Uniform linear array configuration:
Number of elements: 8
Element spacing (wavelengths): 1
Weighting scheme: blackman
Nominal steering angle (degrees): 0
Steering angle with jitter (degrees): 0.2185
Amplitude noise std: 0.05
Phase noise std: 0.05

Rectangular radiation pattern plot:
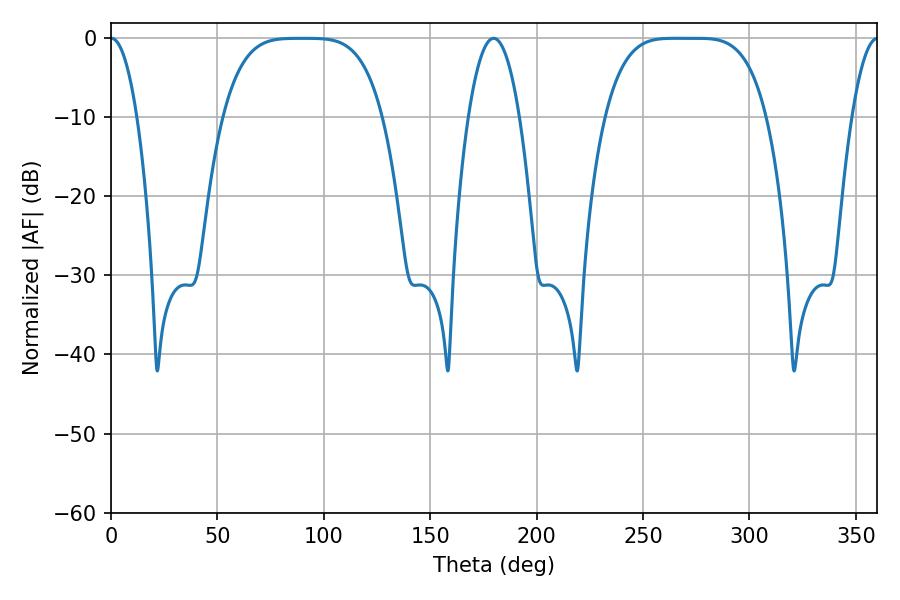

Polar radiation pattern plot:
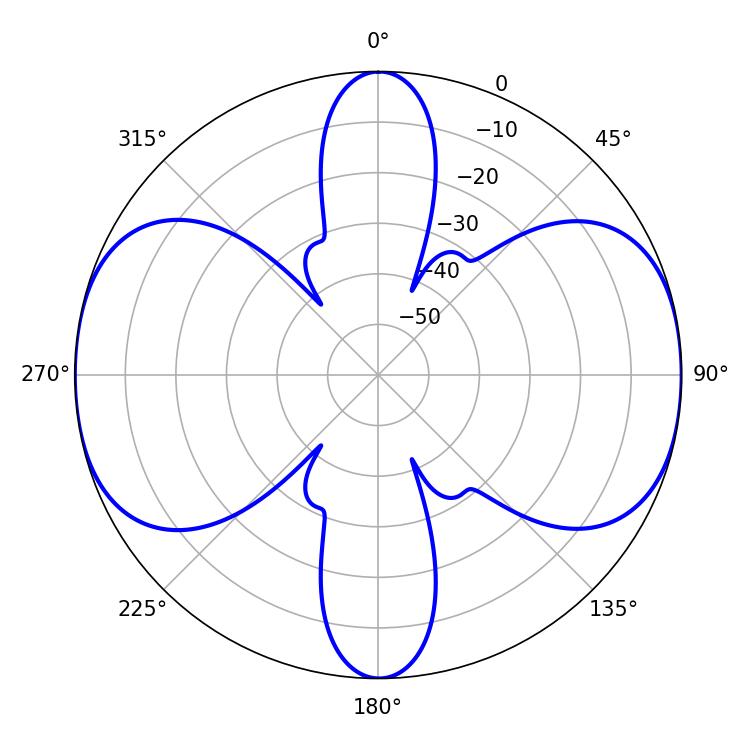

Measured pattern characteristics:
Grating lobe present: TRUE
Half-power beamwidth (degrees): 56.52
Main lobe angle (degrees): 265.14